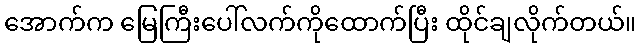
အောက်က မြေကြီးပေါ်လက်ကိုထောက်ပြီး ထိုင်ချလိုက်တယ်။